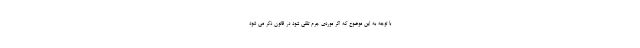
با توجه به این موضوع که اگر موردی جرم تلقی شود در قانون ذکر می شود